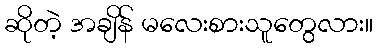
ဆိုတဲ့ အချိန် မလေးစားသူတွေလား။